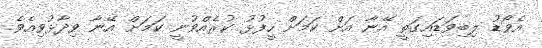
އެވޯޑު ލިބިވަޑައިގަތީ އޭނާ އަށް ކަމަށް ހީފުޅު ކުރެއްވުނީ ކަމަށް އޭނާ ވިދާޅުވިއެވެ.